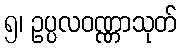
၅၊ ဥပ္ပလဝဏ္ဏာသုတ်